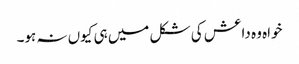
خواہ وہ داعش کی شکل میں ہی کیوں نہ ہو۔